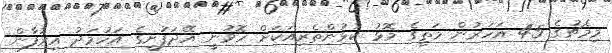
މިމެޗުގެ 45 އަހަރުން މަތީގެ މޮޅު ކުޅުންތެރިއަކަށް ހޮވުނީ އޭދަފުށީގެ އަހުމަދު އިރުފާން